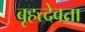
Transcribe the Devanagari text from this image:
बृहत्देवता